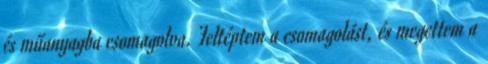
és műanyagba csomagolva. Feltéptem a csomagolást, és megettem a